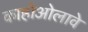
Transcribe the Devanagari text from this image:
काहोओलावे